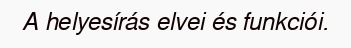
A helyesírás elvei és funkciói.